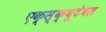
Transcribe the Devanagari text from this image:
एक्स्क्यूटेबल